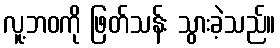
လူ့ဘဝကို ဖြတ်သန်း သွားခဲ့သည်။